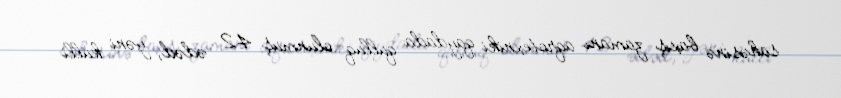
sahəsinə baxış zamanı aqrotexniki qaydada qulluq olunmuş 42 ədəd, yəni külli